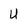
Character: U